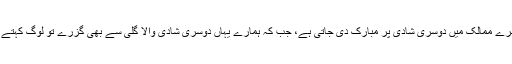
دوسرے ممالک میں دوسری شادی پر مبارک دی جاتی ہے، جب کہ ہمارے یہاں دوسری شادی والا گلی سے بھی گزرے تو لوگ کہتے ہیں۔